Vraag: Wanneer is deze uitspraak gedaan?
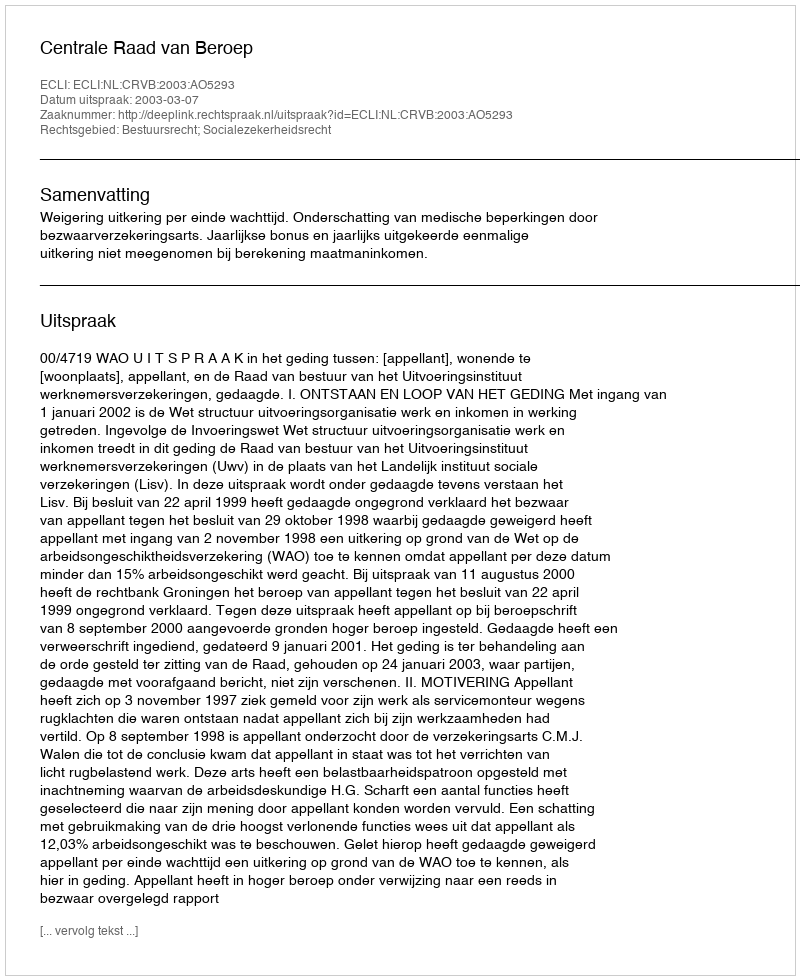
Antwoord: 2003-03-07